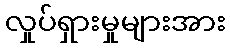
လှုပ်ရှားမှုများအား